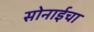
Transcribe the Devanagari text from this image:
सोनाईचा